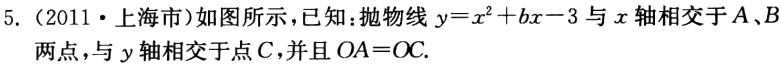
5.（2011·上海市）如图所示，已知：抛物线\(y = x^{2}+bx - 3\)与\(x\)轴相交于\(A、B\)两点，与\(y\)轴相交于点\(C\)，并且\(OA = OC\).